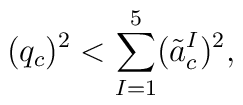
(q_c)^2 <  \sum_{I=1}^5 (\tilde a^I_c)^2 ,